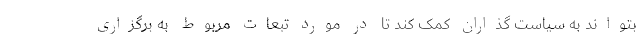
بتواند به سیاست گذاران کمک کند تا در مورد تبعات مربوط به برگزاری